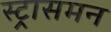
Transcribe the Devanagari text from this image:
स्ट्रासमन